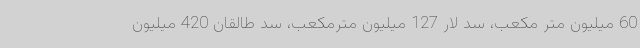
60 میلیون متر مکعب، سد لار 127 میلیون مترمکعب، سد طالقان 420 میلیون